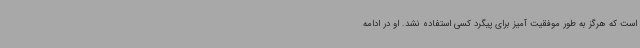
است که هرگز به طور موفقیت آمیز برای پیگرد کسی استفاده نشد. او در ادامه